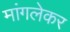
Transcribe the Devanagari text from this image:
मांगलेकर